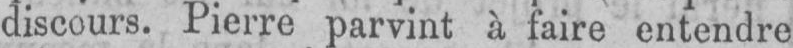
discours. Pierre parvint à faire entendre